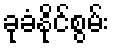
ခုခံနိုင်စွမ်း